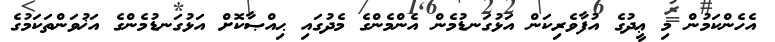
އެހެންކަމުން މި ޢީދުގެ އުފާވެރިކަން އަޅުގަނޑުމެން އެންމެންގެ މެދުގައި ޙިއްޞާކޮށް އަޅުގަނޑުމެންގެ އަޚުވަންތަކަމުގެ